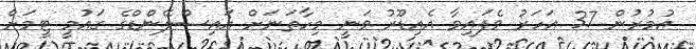
އުމުރުން 37 އަހަރު ވެފައިވާ އެއިޑޫރު ވަނީ މިހާތަނަށް އައިސްލޭންޑްގެ ގައުމީ ޓީމަށް